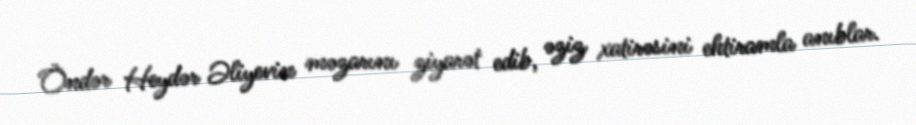
Öndər Heydər Əliyevin məzarını ziyarət edib, əziz xatirəsini ehtiramla anıblar.